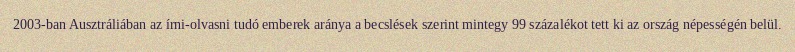
2003-ban Ausztráliában az írni-olvasni tudó emberek aránya a becslések szerint mintegy 99 százalékot tett ki az ország népességén belül.